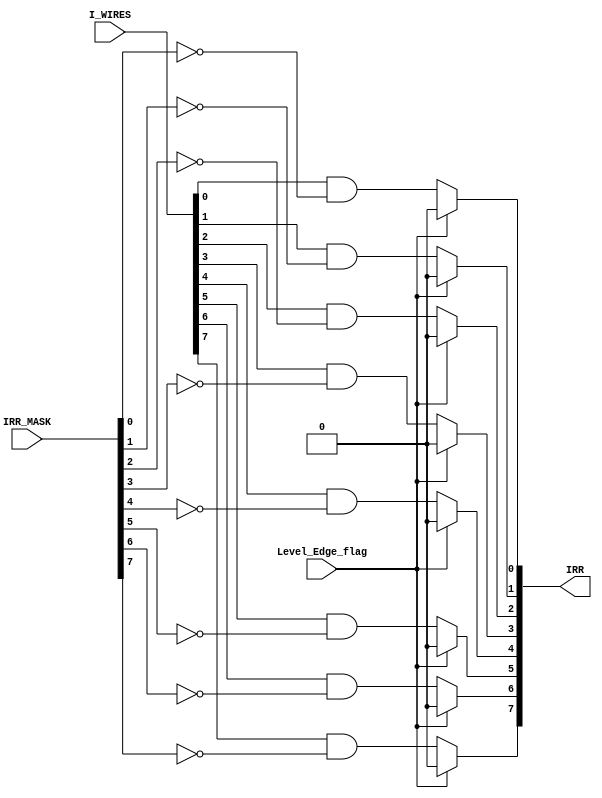
module IRR (
    // inputs from control logic
    input Level_Edge_flag,    // Configuration signal (0: Level Sensitive | 1: Edge Sensitive)
    input [7:0] IRR_MASK,      // Interrupt mask from IMR module
    // input pins
    input [7:0] I_WIRES,       // 8-bit bus representing individual interrupt signals

    //output
    output reg [7:0] IRR        // Masked Interrupt request to priority resolver
);
/*
Documentation

This module is responsible for storing the requesting interrupts.

Inputs:
    Level_Edge_flag: Configuration signal (0: Level Sensitive | 1: Edge Sensitive)
    IRR_MASK: Interrupt mask from IMR module
    I_WIRES: 8-bit bus representing individual interrupt signals

Outputs:
    IRR: Masked Interrupt request to be sent to the priority resolver

Behavior:
- If Level_Edge_flag is 0 (Level Sensitive):
  - IRR[i] is set to (I_WIRES[i] & ~IRR_MASK[i]) for each bit i.
- If Level_Edge_flag is 1 (Edge Sensitive):
  - IRR[i] is set to (I_WIRES[i] & ~I_WIRES_PREV[i]) for each bit i.
- I_WIRES_PREV is used to store the previous values of I_WIRES.
*/

    reg [7:0] I_WIRES_PREV;

    initial begin
        // Initialize the previous interrupt values to zero
        I_WIRES_PREV = 0;
    end

    always @* begin
        // Update IRR based on the configuration signal Level_Edge_flag
        if (!Level_Edge_flag) begin
            // Level Sensitive: Update IRR with masked interrupt values
            IRR[0] <= (I_WIRES[0] & ~IRR_MASK[0]);
            IRR[1] <= (I_WIRES[1] & ~IRR_MASK[1]);
            IRR[2] <= (I_WIRES[2] & ~IRR_MASK[2]);
            IRR[3] <= (I_WIRES[3] & ~IRR_MASK[3]);
            IRR[4] <= (I_WIRES[4] & ~IRR_MASK[4]);
            IRR[5] <= (I_WIRES[5] & ~IRR_MASK[5]);
            IRR[6] <= (I_WIRES[6] & ~IRR_MASK[6]);
            IRR[7] <= (I_WIRES[7] & ~IRR_MASK[7]);
        end
        else begin
            // Edge Sensitive: Update IRR with edge-triggered interrupt values
            IRR[0] <= (I_WIRES[0] & ~I_WIRES_PREV[0]);
            IRR[1] <= (I_WIRES[1] & ~I_WIRES_PREV[1]);
            IRR[2] <= (I_WIRES[2] & ~I_WIRES_PREV[2]);
            IRR[3] <= (I_WIRES[3] & ~I_WIRES_PREV[3]);
            IRR[4] <= (I_WIRES[4] & ~I_WIRES_PREV[4]);
            IRR[5] <= (I_WIRES[5] & ~I_WIRES_PREV[5]);
            IRR[6] <= (I_WIRES[6] & ~I_WIRES_PREV[6]);
            IRR[7] <= (I_WIRES[7] & ~I_WIRES_PREV[7]);
        end

        // Update Previous Input values for the next iteration
        I_WIRES_PREV <= I_WIRES;
    end

endmodule